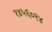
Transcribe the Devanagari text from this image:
१४५६०१४